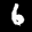
Label: 6